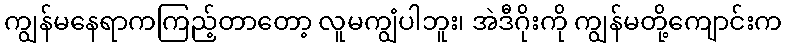
ကျွန်မနေရာကကြည့်တာတော့ လူမကျွံပါဘူး၊ အဲဒီဂိုးကို ကျွန်မတို့ကျောင်းက